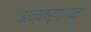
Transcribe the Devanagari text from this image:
अन्तर्गगन